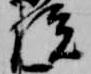
院